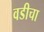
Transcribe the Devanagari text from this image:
वडीचा